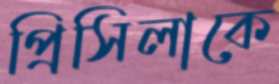
প্রিসিলাকে